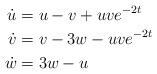
LaTeX: \begin{align*}\dot{u} & =u-v+uve^{-2t}\\\dot{v} & =v-3w-uve^{-2t}\\\dot{w} & =3w-u\end{align*}